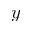
y